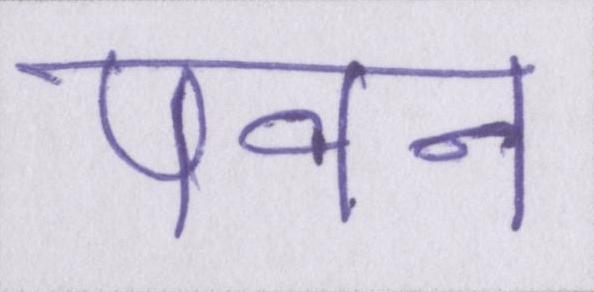
पवन